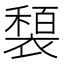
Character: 𫌍